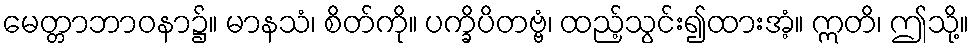
မေတ္တာဘာဝနာ၌။ မာနသံ၊ စိတ်ကို။ ပက္ခိပိတဗ္ဗံ၊ ထည့်သွင်း၍ထားအံ့။ ဣတိ၊ ဤသို့။